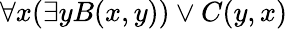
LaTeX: \forall x(\exists yB(x,y))\vee C(y,x)